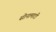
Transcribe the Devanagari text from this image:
सोनामाटी